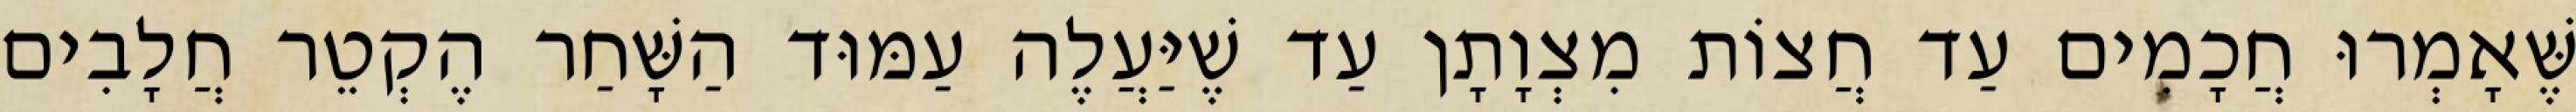
שֶּׁאָמְרוּ חֲכָמִים עַד חֲצוֹת מִצְוָתָן עַד שֶׁיַּעֲלֶה עַמּוּד הַשָּׁחַר הֶקְטֵר חֲלָבִים